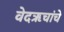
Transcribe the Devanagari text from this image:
वेदऋचांचे